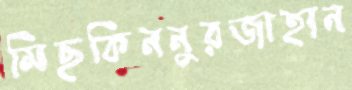
মিছকিননুরজাহান